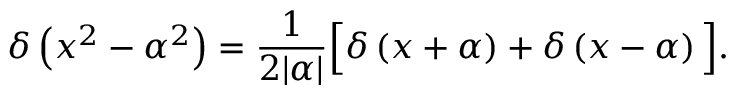
\delta \left( x ^ { 2 } - \alpha ^ { 2 } \right) = { \frac { 1 } { 2 | \alpha | } } { \Big [ } \delta \left( x + \alpha \right) + \delta \left( x - \alpha \right) { \Big ] } .